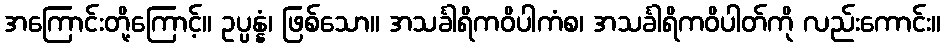
အကြောင်းတို့ကြောင့်။ ဥပ္ပန္နံ၊ ဖြစ်သော။ အသင်္ခါရိကဝိပါကံစ၊ အသင်္ခါရိကဝိပါတ်ကို လည်းကောင်း။